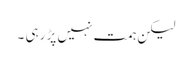
لیکن ہمت نہیں پڑ رہی ۔